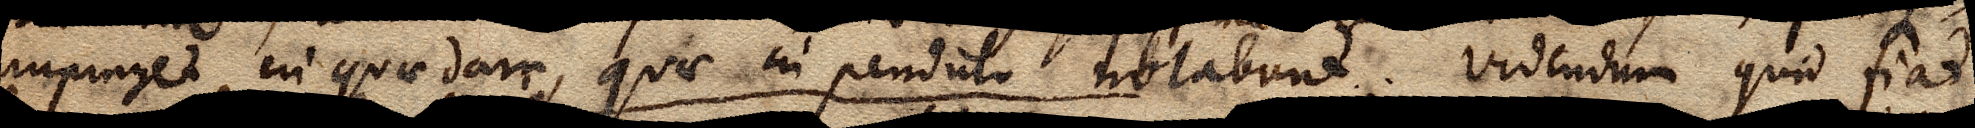
impinget in quaedam, quae in pendulo notabunt. Videndum quid fiat